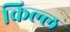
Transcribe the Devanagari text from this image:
किल्ल